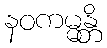
နဝကမ္မန္တိ